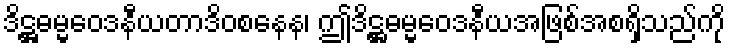
ဒိဋ္ဌဓမ္မဝေဒနီယတာဒိဝစနေန၊ ဤဒိဋ္ဌဓမ္မဝေဒနီယအဖြစ်အစရှိသည်ကို